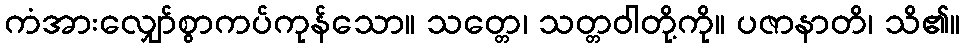
ကံအားလျှော်စွာကပ်ကုန်သော။ သတ္တေ၊ သတ္တဝါတို့ကို။ ပဇာနာတိ၊ သိ၏။